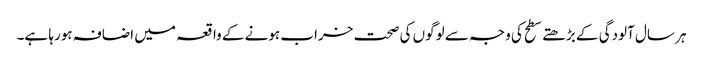
ہر سال آلودگی کے بڑھتے سطح کی وجہ سے لوگوں کی صحت خراب ہونے کے واقعہ میں اضافہ ہورہا ہے۔